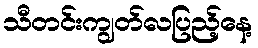
သီတင်းကျွတ်လပြည့်နေ့